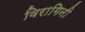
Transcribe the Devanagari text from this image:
विरागिनी